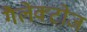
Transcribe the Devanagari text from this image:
गैलेक्टोज